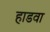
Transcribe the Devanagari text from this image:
हाडवा